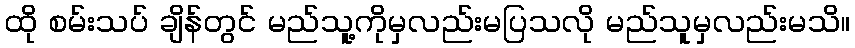
ထို စမ်းသပ် ချိန်တွင် မည်သူ့ကိုမှလည်းမပြသလို မည်သူမှလည်းမသိ။